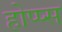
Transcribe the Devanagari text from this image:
होप्प्स